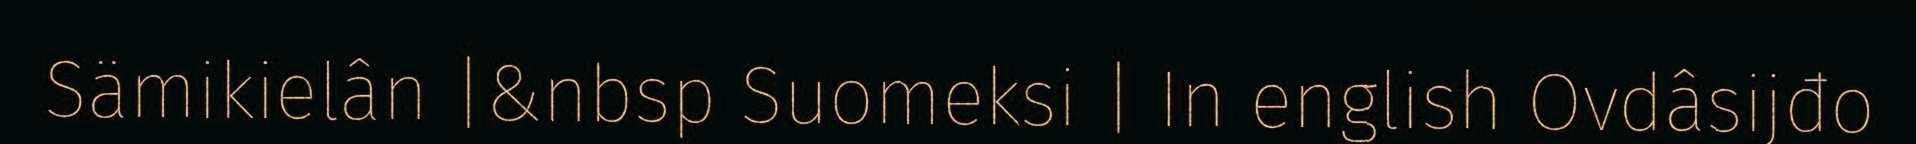
Sämikielân |&nbsp Suomeksi | In english Ovdâsijđo